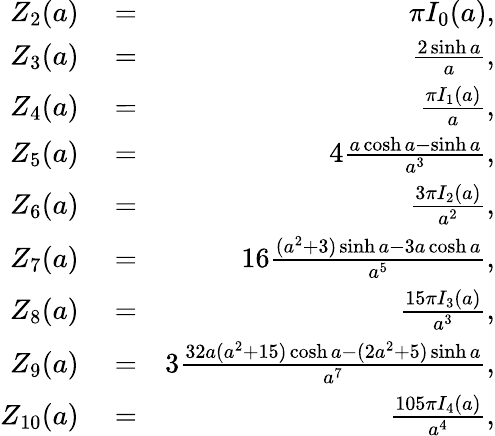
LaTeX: \begin{array}{rlr}{Z_{2}(a)}&{{}=}&{\pi I_{0}(a),}\\ {Z_{3}(a)}&{{}=}&{\frac{2\sinh a}{a},}\\ {Z_{4}(a)}&{{}=}&{\frac{\pi I_{1}(a)}{a},}\\ {Z_{5}(a)}&{{}=}&{4\frac{a\cosh a-\sinh a}{a^{3}},}\\ {Z_{6}(a)}&{{}=}&{\frac{3\pi I_{2}(a)}{a^{2}},}\\ {Z_{7}(a)}&{{}=}&{16\frac{(a^{2}+3)\sinh a-3a\cosh a}{a^{5}},}\\ {Z_{8}(a)}&{{}=}&{\frac{15\pi I_{3}(a)}{a^{3}},}\\ {Z_{9}(a)}&{{}=}&{3\frac{32a(a^{2}+15)\cosh a-(2a^{2}+5)\sinh a}{a^{7}},}\\ {Z_{10}(a)}&{{}=}&{\frac{105\pi I_{4}(a)}{a^{4}},}\end{array}